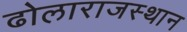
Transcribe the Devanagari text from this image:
ढोलाराजस्थान